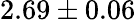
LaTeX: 2.69\pm 0.06